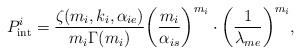
\begin{align*}P_{{\mathop{\textrm {int}}} }^i = \frac{{\zeta ({m_i},{k_i},{\alpha _{ie}})}}{{{m_i}\Gamma ({m_i})}}{\left( {\frac{{{m_i}}}{{{\alpha _{is}}}}} \right)^{{m_i}}} \cdot {\left( {\frac{1}{{{\lambda _{me}}}}} \right)^{{m_i}}},\end{align*}